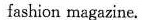
fashion magazine.